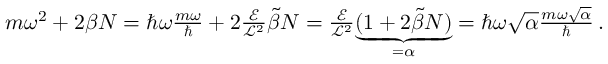
\begin{array} { r } { m \omega ^ { 2 } + 2 \beta N = \hbar \omega \frac { m \omega } { \hbar } + 2 \frac { \mathcal { E } } { \mathcal { L } ^ { 2 } } \tilde { \beta } N = \frac { \mathcal { E } } { \mathcal { L } ^ { 2 } } \underset { = \alpha } { \underbrace { ( 1 + 2 \tilde { \beta } N ) } } = \hbar \omega \sqrt { \alpha } \frac { m \omega \sqrt { \alpha } } { \hbar } \, . } \end{array}